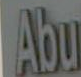
Abu